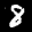
Label: 8